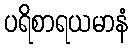
ပရိစာရယမာနံ